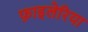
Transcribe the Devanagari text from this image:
फ़ाइलेरिया